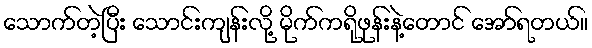
သောက်တဲ့ပြီး သောင်းကျန်းလို့ မိုက်ကရိုဖုန်းနဲ့တောင် အော်ရတယ်။